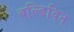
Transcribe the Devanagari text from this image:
बल्डिविन